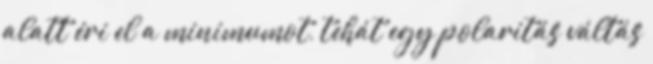
alatt éri el a minimumot, tehát egy polaritás váltás